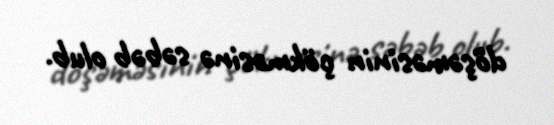
döşəməsinin çökməsinə səbəb olub.